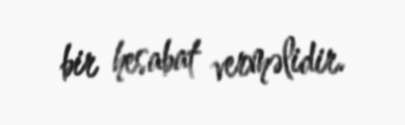
bir hesabat verməlidir.